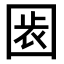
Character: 𡇴